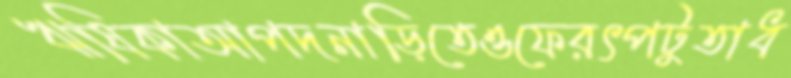
ঋষিকাআপদনাড়িতেওফেরৎপটুতাধ